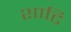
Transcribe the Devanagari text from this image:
शाढि